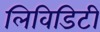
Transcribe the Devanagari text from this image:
लिविडिटी